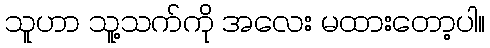
သူဟာ သူ့သက်ကို အလေး မထားတော့ပါ။